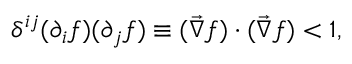
\delta ^ { i j } ( \partial _ { i } f ) ( \partial _ { j } f ) \equiv ( \vec { \nabla } f ) \cdot ( \vec { \nabla } f ) < 1 ,